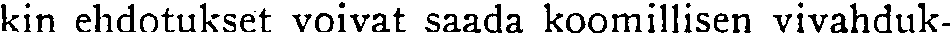
kin ehdotukset voivat saada koomillisen vivahduk-